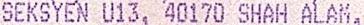
SEKSYEN U13, 40170 SHAH ALAM,